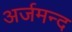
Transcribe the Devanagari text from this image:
अर्जमन्द